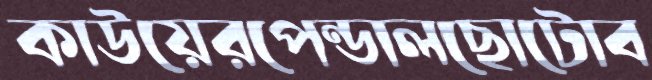
কাউয়েরপেন্ডালছোটোব